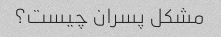
مشکل پسران چیست؟